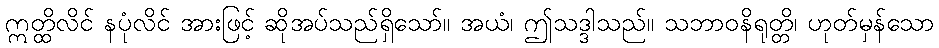
ဣတ္ထိလိင် နပုံလိင် အားဖြင့် ဆိုအပ်သည်ရှိသော်။ အယံ၊ ဤသဒ္ဒါသည်။ သဘာဝနိရုတ္တိ၊ ဟုတ်မှန်သော